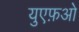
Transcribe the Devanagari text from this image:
युएफ़ओ